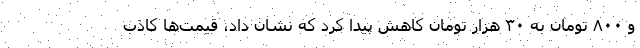
و ۸۰۰ تومان به ۳۰ هزار تومان کاهش پیدا کرد که نشان داد، قیمت‌ها کاذب